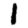
Digit: 1